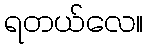
ရတယ်လေ။